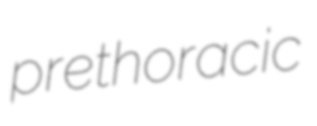
prethoracic